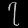
Digit: ၇